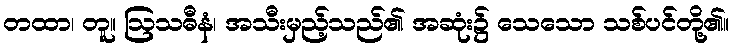
တထာ၊ တူ။ ဩသဓီနံ၊ အသီးမှည့်သည်၏ အဆုံး၌ သေသော သစ်ပင်တို့၏။